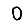
Digit: 0